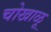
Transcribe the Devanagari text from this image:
चोखाळू